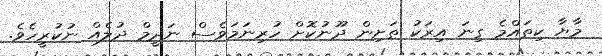
މާޔާ ކިތައްމެ ގިނަ އިރަކު ތަށިން ދޫނުކޮށް ހުރިނަމަވެސް ނަދީމް ދުލެއް ނުކުރީހެވެ.